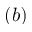
( b )